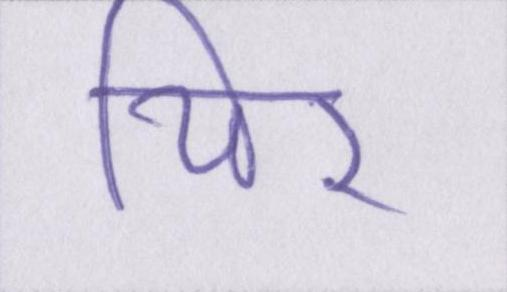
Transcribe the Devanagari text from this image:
थिर